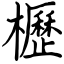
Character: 櫪